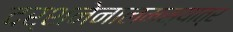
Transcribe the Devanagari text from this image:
दर्शनेनालमस्यात्र